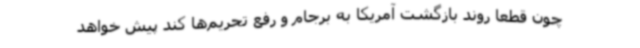
چون قطعا روند بازگشت آمریکا به برجام و رفع تحریم‌ها کند پیش خواهد